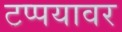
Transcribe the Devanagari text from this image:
टप्पयावर